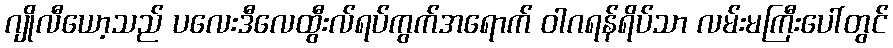
ဂျိုလီယော့သည် ပလေးဒီလေထွီးလ်ရပ်ကွက်အရောက် ဝါဂရန်ရိပ်သာ လမ်းမကြီးပေါ်တွင်